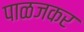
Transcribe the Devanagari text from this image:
पाळजकर